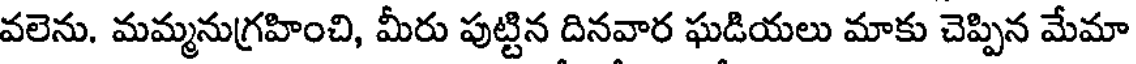
వలెను. మమ్మనుగ్రహించి, మీరు పుట్టిన దినవార ఘడియలు మాకు చెప్పిన మేమా